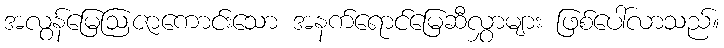
အလွန်မြေဩဇာကောင်းသော အနက်ရောင်မြေဆီလွှာများ ဖြစ်ပေါ်လာသည်။